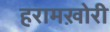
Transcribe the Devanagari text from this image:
हरामख़ोरी